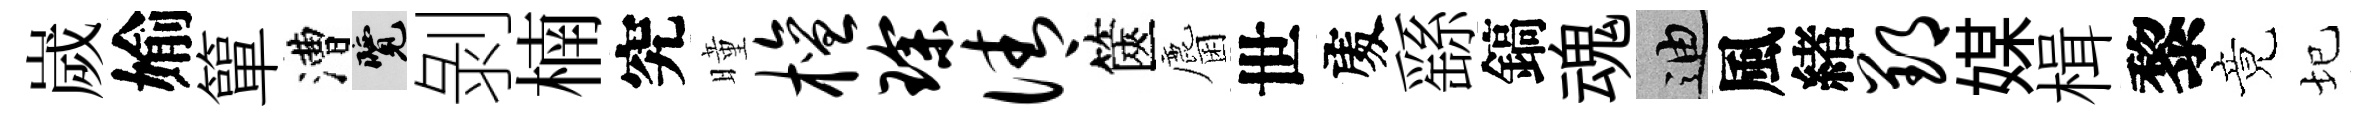
嵗媮簞漕覽剝楠究曈檀琛倩篋麕世𠁅繇鎬魂迪風緖郢媒楫黎竟圮